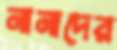
নানাদের